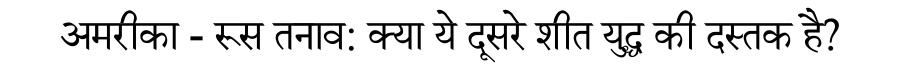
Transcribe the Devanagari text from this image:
अमरीका - रूस तनाव: क्या ये दूसरे शीत युद्ध की दस्तक है?